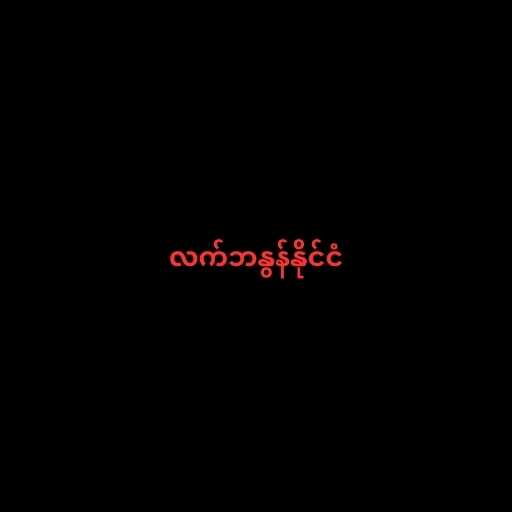
လက်ဘနွန်နိုင်ငံ